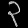
Digit: ၃